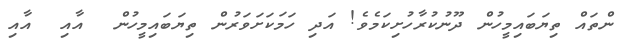
ންތައް ތިޔަބައިމީހުން ދޫނުކުރާހުށިކަމެވެ! އަދި ހަމަކަށަވަރުން ތިޔަބައިމީހުން  އާއި  އާއި